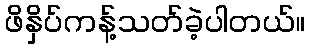
ဖိနှိပ်ကန့်သတ်ခဲ့ပါတယ်။